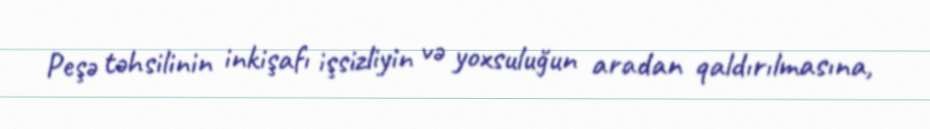
Peşə təhsilinin inkişafı işsizliyin və yoxsuluğun aradan qaldırılmasına,